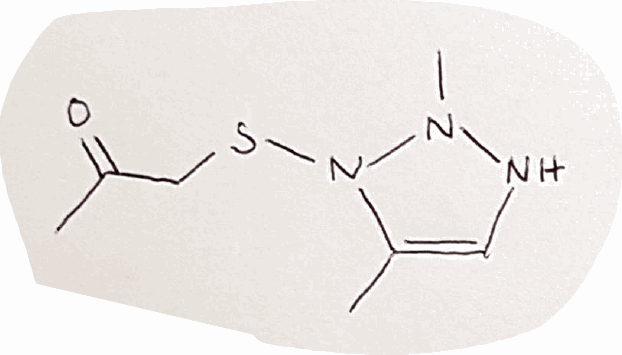
Simplified molecular-input line-entry system (SMILES) notation of the given molecule:
CC1=CNN(N1SCC(=O)C)C